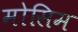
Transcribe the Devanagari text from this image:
मोसिम